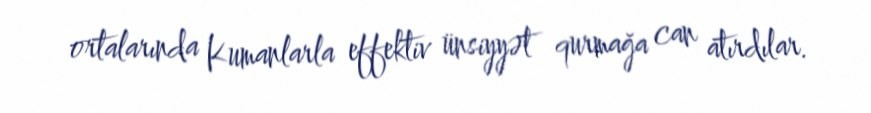
ortalarında Kumanlarla effektiv ünsiyyət qurmağa can atırdılar.